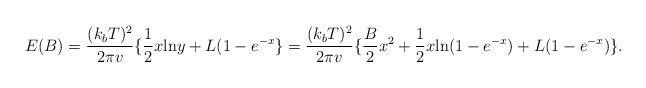
LaTeX: \begin{align*}E(B)={(k_bT)^2\over 2\pi v}\{{1\over 2}x{\rm ln}y+L(1-e^{-x}\}={(k_bT)^2\over 2\pi v}\{{B\over 2}x^2+{1\over 2}x{\rm ln}(1-e^{-x})+L(1-e^{-x})\}.\end{align*}